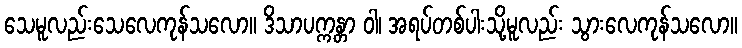
သေမူလည်းသေလေကုန်သလော။ ဒိသာပက္ကန္တာ ဝါ၊ အရပ်တစ်ပါးသို့မူလည်း သွားလေကုန်သလော။